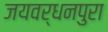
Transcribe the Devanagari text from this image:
जयवर्धनपुरा